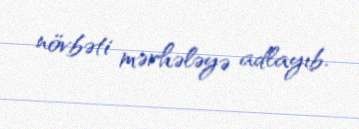
növbəti mərhələyə adlayıb.